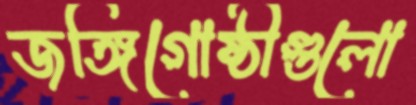
জঙ্গিগোষ্ঠীগুলো